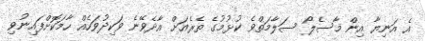
އެ އަނިޔާ އިން މާސެލޯ ސަލާމަތްވެ ކުޅުމުގެ ތެރެއަށް އާދެވޭނެ ވަކިދުވަހެއް ހާމަކޮށްފައިނުވި